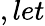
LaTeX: ,let